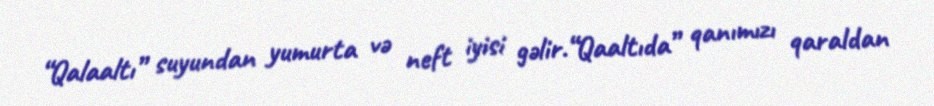
“Qalaaltı” suyundan yumurta və neft iyisi gəlir.“Qaaltıda” qanımızı qaraldan